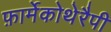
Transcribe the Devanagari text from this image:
फ़ार्मेकोथेरैपी